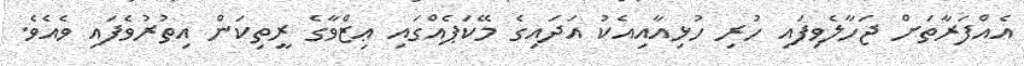
އެއްފަރާތަށް ޖަހާލެވިފައި ހުރި ހުޅިއާއިއެކު އަދައިގެ މޭކަޕެއްގައި ޢިޒްވާގެ ރީތިކަން އިތުރުވެފައި ވެއެވެ.